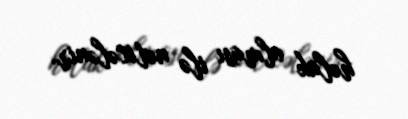
həlak olması ilə nəticələnir.